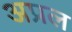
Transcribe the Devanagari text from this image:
अप्रल